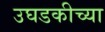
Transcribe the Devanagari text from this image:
उघडकीच्या